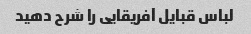
لباس قبایل آفریقایی را شرح دهید